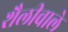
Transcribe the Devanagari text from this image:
शैलीवाले